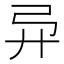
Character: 𫸦